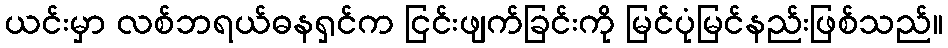
ယင်းမှာ လစ်ဘရယ်ဓနရှင်က ငြင်းဖျက်ခြင်းကို မြင်ပုံမြင်နည်းဖြစ်သည်။